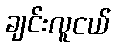
ချင်းလူငယ်